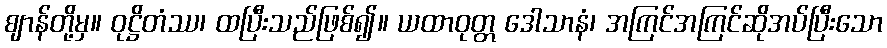
ဈာန်တို့မှ။ ဝုဋ္ဌိတံဿ၊ ထပြီးသည်ဖြစ်၍။ ယထာဝုတ္တ ဒေါသာနံ၊ အကြင်အကြင်ဆိုအပ်ပြီးသော